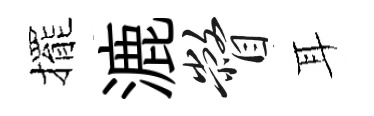
擺漉瞥耳